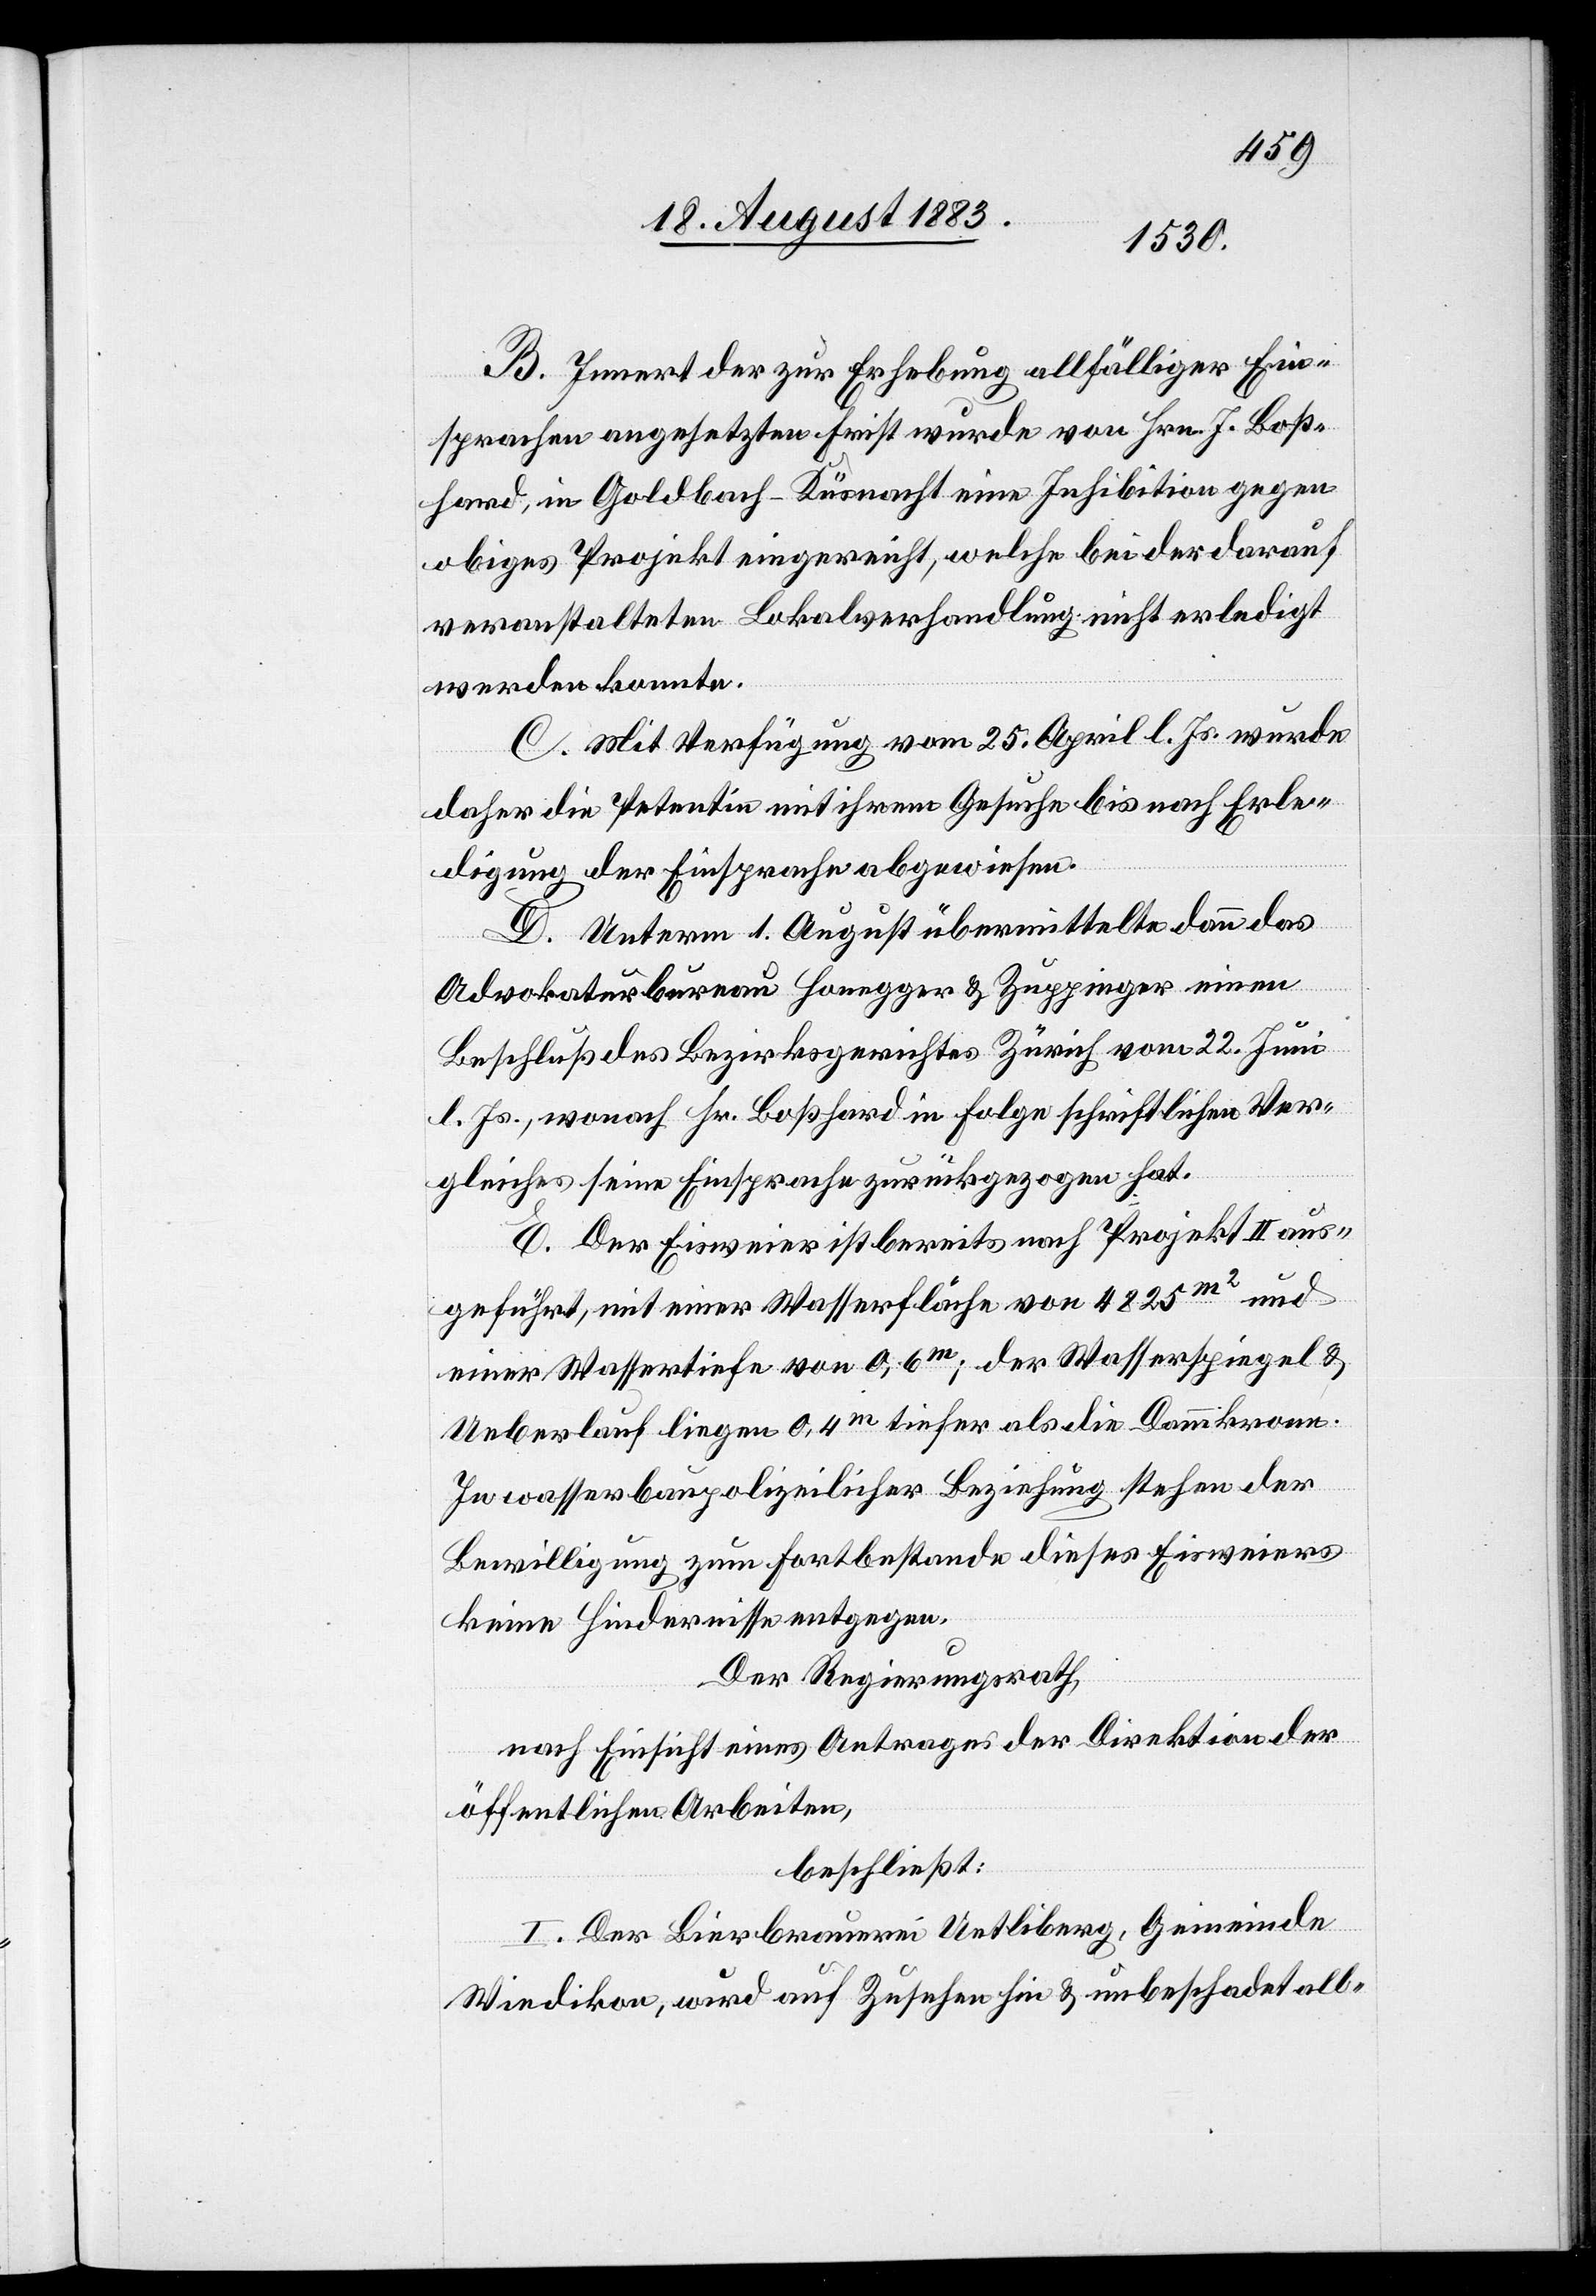
B. Innert der zur Erhebung allfälliger Ein¬
sprachen angesetzt Frist wurde von Hrn. J. Boß¬
hard, in Goldbach - Küsnacht eine Inhibition gegen
obiges Projekt eingereicht, welche bei der darauf
veranstalteten Lokalverhandlung nicht erledigt
werden konnte.
C. Mit Verfügung vom 25. April l. Js. wurde
daher die Petentin mit ihrem Gesuche bis nach Erle¬
digung der Einsprache abgewiesen.
D. Unterm 1. August übermittelte dann das
Advokaturbureau Honegger & Zuppinger einen
Beschluß des Bezirksgerichtes Zürich vom 22. Juni
l. Js., wonach Hr. Boßhard in Folge schriftlichen Ver¬
gleiches seine Einsprache zurückgezogen hat.
E. Der Eisweier ist bereits nach Projekt II aus¬
geführt, mit einer Wasserfläche von 4825m2 und
einer Wassertiefe von 0,6m; der Wasserspiegel &
Ueberlauf liegen 0,4m tiefer als die Dammkrone.
In wasserbaupolizeilicher Beziehung stehen der
Bewilligung zum Fortbestande dieses Eisweiers
keine Hindernisse entgegen.
Der Regierungsrath,
nach Einsicht eines Antrages der Direktion der
öffentlichen Arbeiten,
beschließt:
I. Der Bierbrauerei Uetliberg, Gemeinde
Wiedikon, wird auf Zusehen hin & unbeschadet all-